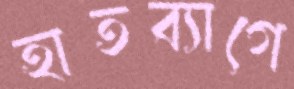
হাতব্যাগে